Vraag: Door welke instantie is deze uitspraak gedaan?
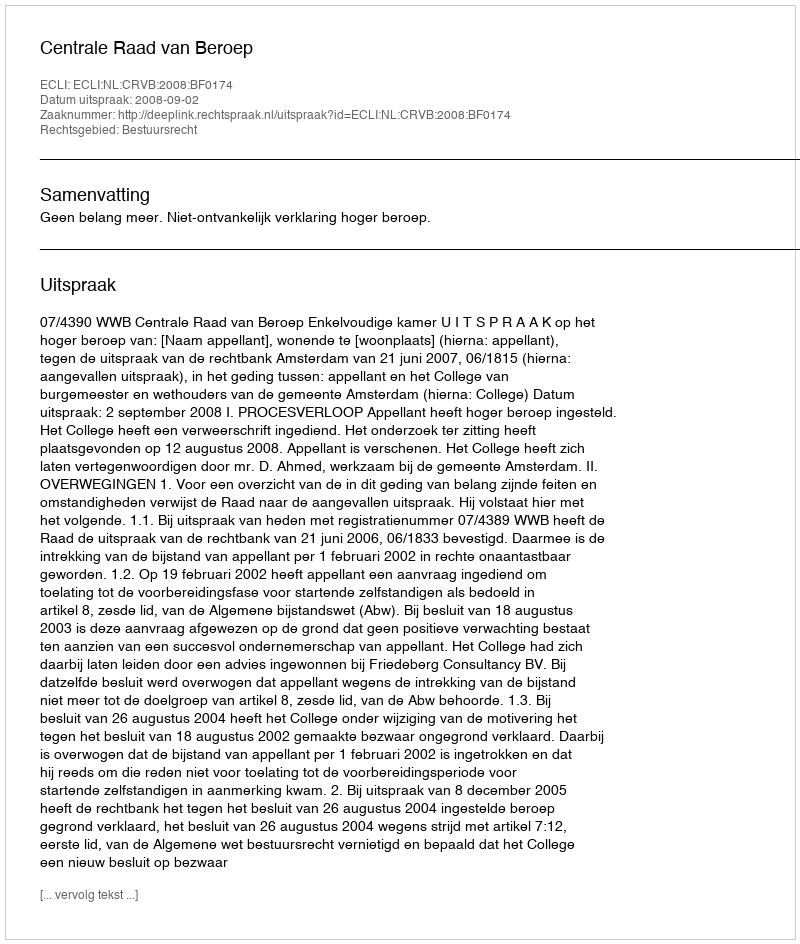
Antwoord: Centrale Raad van Beroep